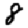
Digit: 8